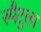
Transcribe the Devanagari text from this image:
स्पैटुला